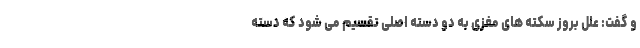
و گفت: علل بروز سکته های مغزی به دو دسته اصلی تقسیم می شود که دسته